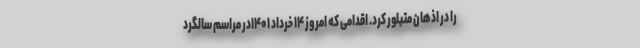
را در اذهان متبلور کرد. اقدامی که امروز ۱۴ خرداد ۱۴۰۱در مراسم سالگرد